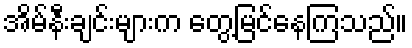
အိမ်နီးချင်းများက တွေ့မြင်နေကြသည်။